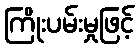
ကြိုးပမ်းမှုဖြင့်